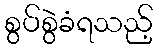
စွပ်စွဲခံရသည့်